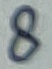
Text: 8